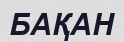
БАҚАН